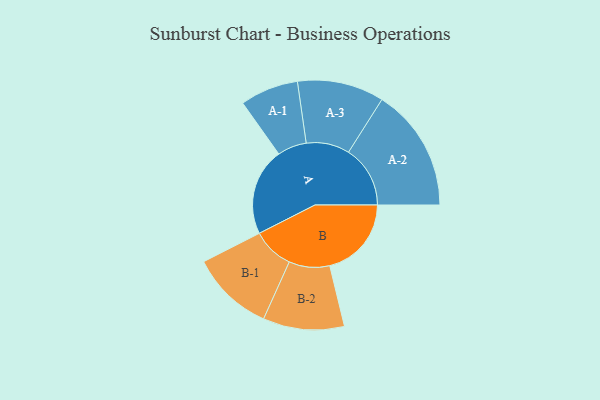
{"axis": {"x": "Segment", "y": "Value"}, "legend": ["", "A", "B"], "data": [{"x": "A", "y": 419, "type": ""}, {"x": "B", "y": 392, "type": ""}, {"x": "A-1", "y": 140, "type": "A"}, {"x": "A-2", "y": 296, "type": "A"}, {"x": "A-3", "y": 208, "type": "A"}, {"x": "B-1", "y": 199, "type": "B"}, {"x": "B-2", "y": 195, "type": "B"}]}